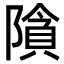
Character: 𮥞